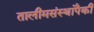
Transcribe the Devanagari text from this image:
तालीमसंस्थांपैकी